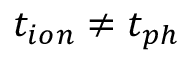
t _ { i o n } \neq t _ { p h }